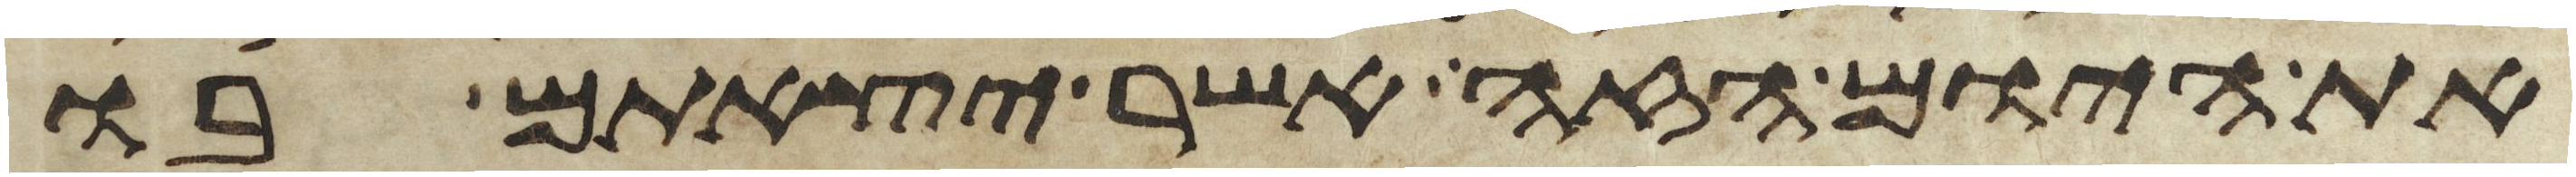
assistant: את היום הזה אשר יצאתם בו